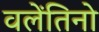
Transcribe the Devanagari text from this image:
वलेंतिनो